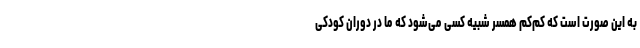
به این صورت است که کم‌کم همسر شبیه کسی می‌شود که ما در دوران کودکی